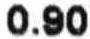
0.90